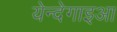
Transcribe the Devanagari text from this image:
येन्देगाइआ